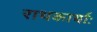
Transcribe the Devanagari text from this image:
राथकार्याः